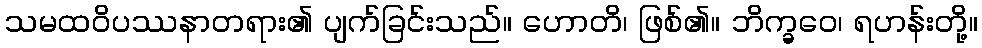
သမထဝိပဿနာတရား၏ ပျက်ခြင်းသည်။ ဟောတိ၊ ဖြစ်၏။ ဘိက္ခဝေ၊ ရဟန်းတို့။